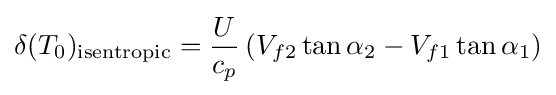
\delta (T_{0})_{\text{isentropic}}={\frac {U}{c_{p}}}\left(V_{f2}\tan \alpha _{2}-V_{f1}\tan \alpha _{1}\right)